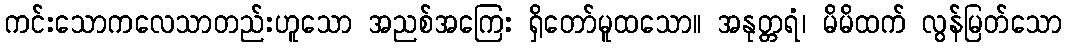
ကင်းသောကလေသာတည်းဟူသော အညစ်အကြေး ရှိတော်မူထသော။ အနုတ္တရံ၊ မိမိထက် လွန်မြတ်သော